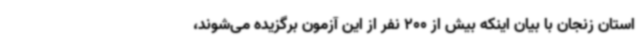
استان زنجان با بیان اینکه بیش از 200 نفر از این آزمون برگزیده می‌شوند،